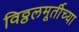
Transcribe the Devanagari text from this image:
विठ्ठलमूर्तीच्या